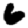
Digit: 6